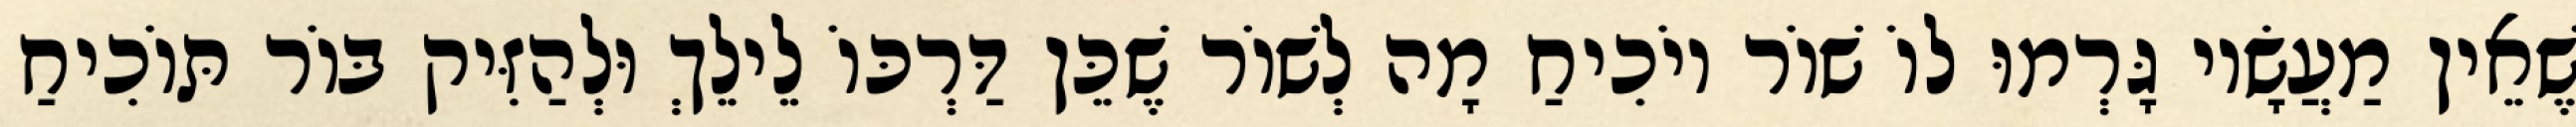
שֶׁאֵין מַעֲשָׂיו גָּרְמוּ לוֹ שׁוֹר יוֹכִיחַ מָה לְשׁוֹר שֶׁכֵּן דַּרְכּוֹ לֵילֵךְ וּלְהַזִּיק בּוֹר תּוֹכִיחַ